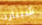
شيبارد